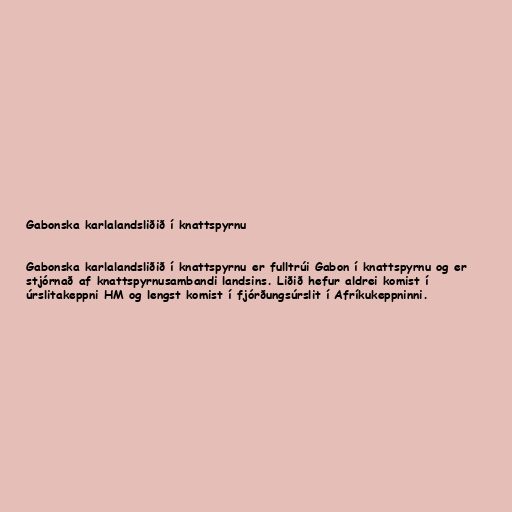
Gabonska karlalandsliðið í knattspyrnu

Gabonska karlalandsliðið í knattspyrnu er fulltrúi Gabon í knattspyrnu og er
stjórnað af knattspyrnusambandi landsins. Liðið hefur aldrei komist í
úrslitakeppni HM og lengst komist í fjórðungsúrslit í Afríkukeppninni.